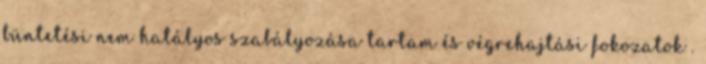
büntetési nem hatályos szabályozása tartam és végrehajtási fokozatok .